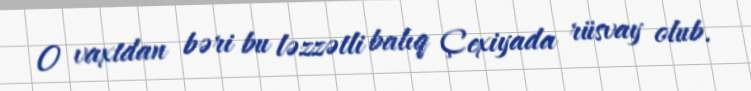
O vaxtdan bəri bu ləzzətli balıq Çexiyada rüsvay olub.